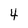
Character: 4